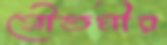
গৌতমীর